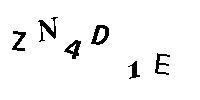
ZN4D1E